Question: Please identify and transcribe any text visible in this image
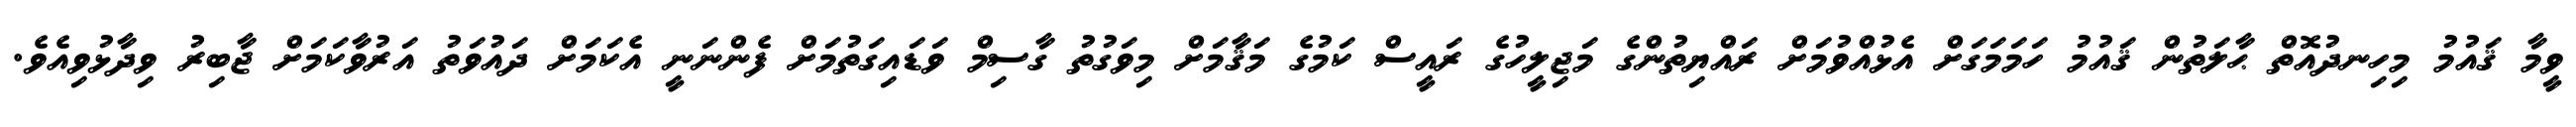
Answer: ވީމާ ޤައުމު މިހިނދުއޮތް ޙާލަތުން ޤައުމު ހަމަމަގަށް އެޅުއްވުމަށް ރައްޔިތުންގެ މަޖިލީހުގެ ރައީސް ކަމުގެ މަޤާމަށް މިވަގުތު ގާސިމް ވަޑައިގަތުމަށް ފެންނަނީ އެކަމަށް ދައުވަތު އަރުވާކަމަށް ޖާބިރު ވިދާޅުވިއެވެ.